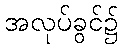
အလုပ်ခွင်၌